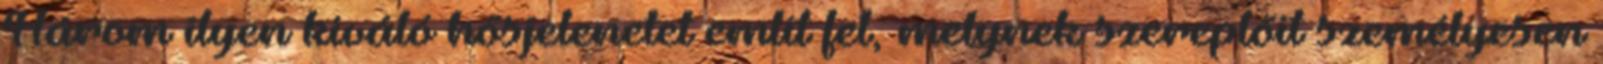
Három ilyen kiváló hősjelenetet említ fel, melynek szereplőit személyesen